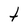
Character: t